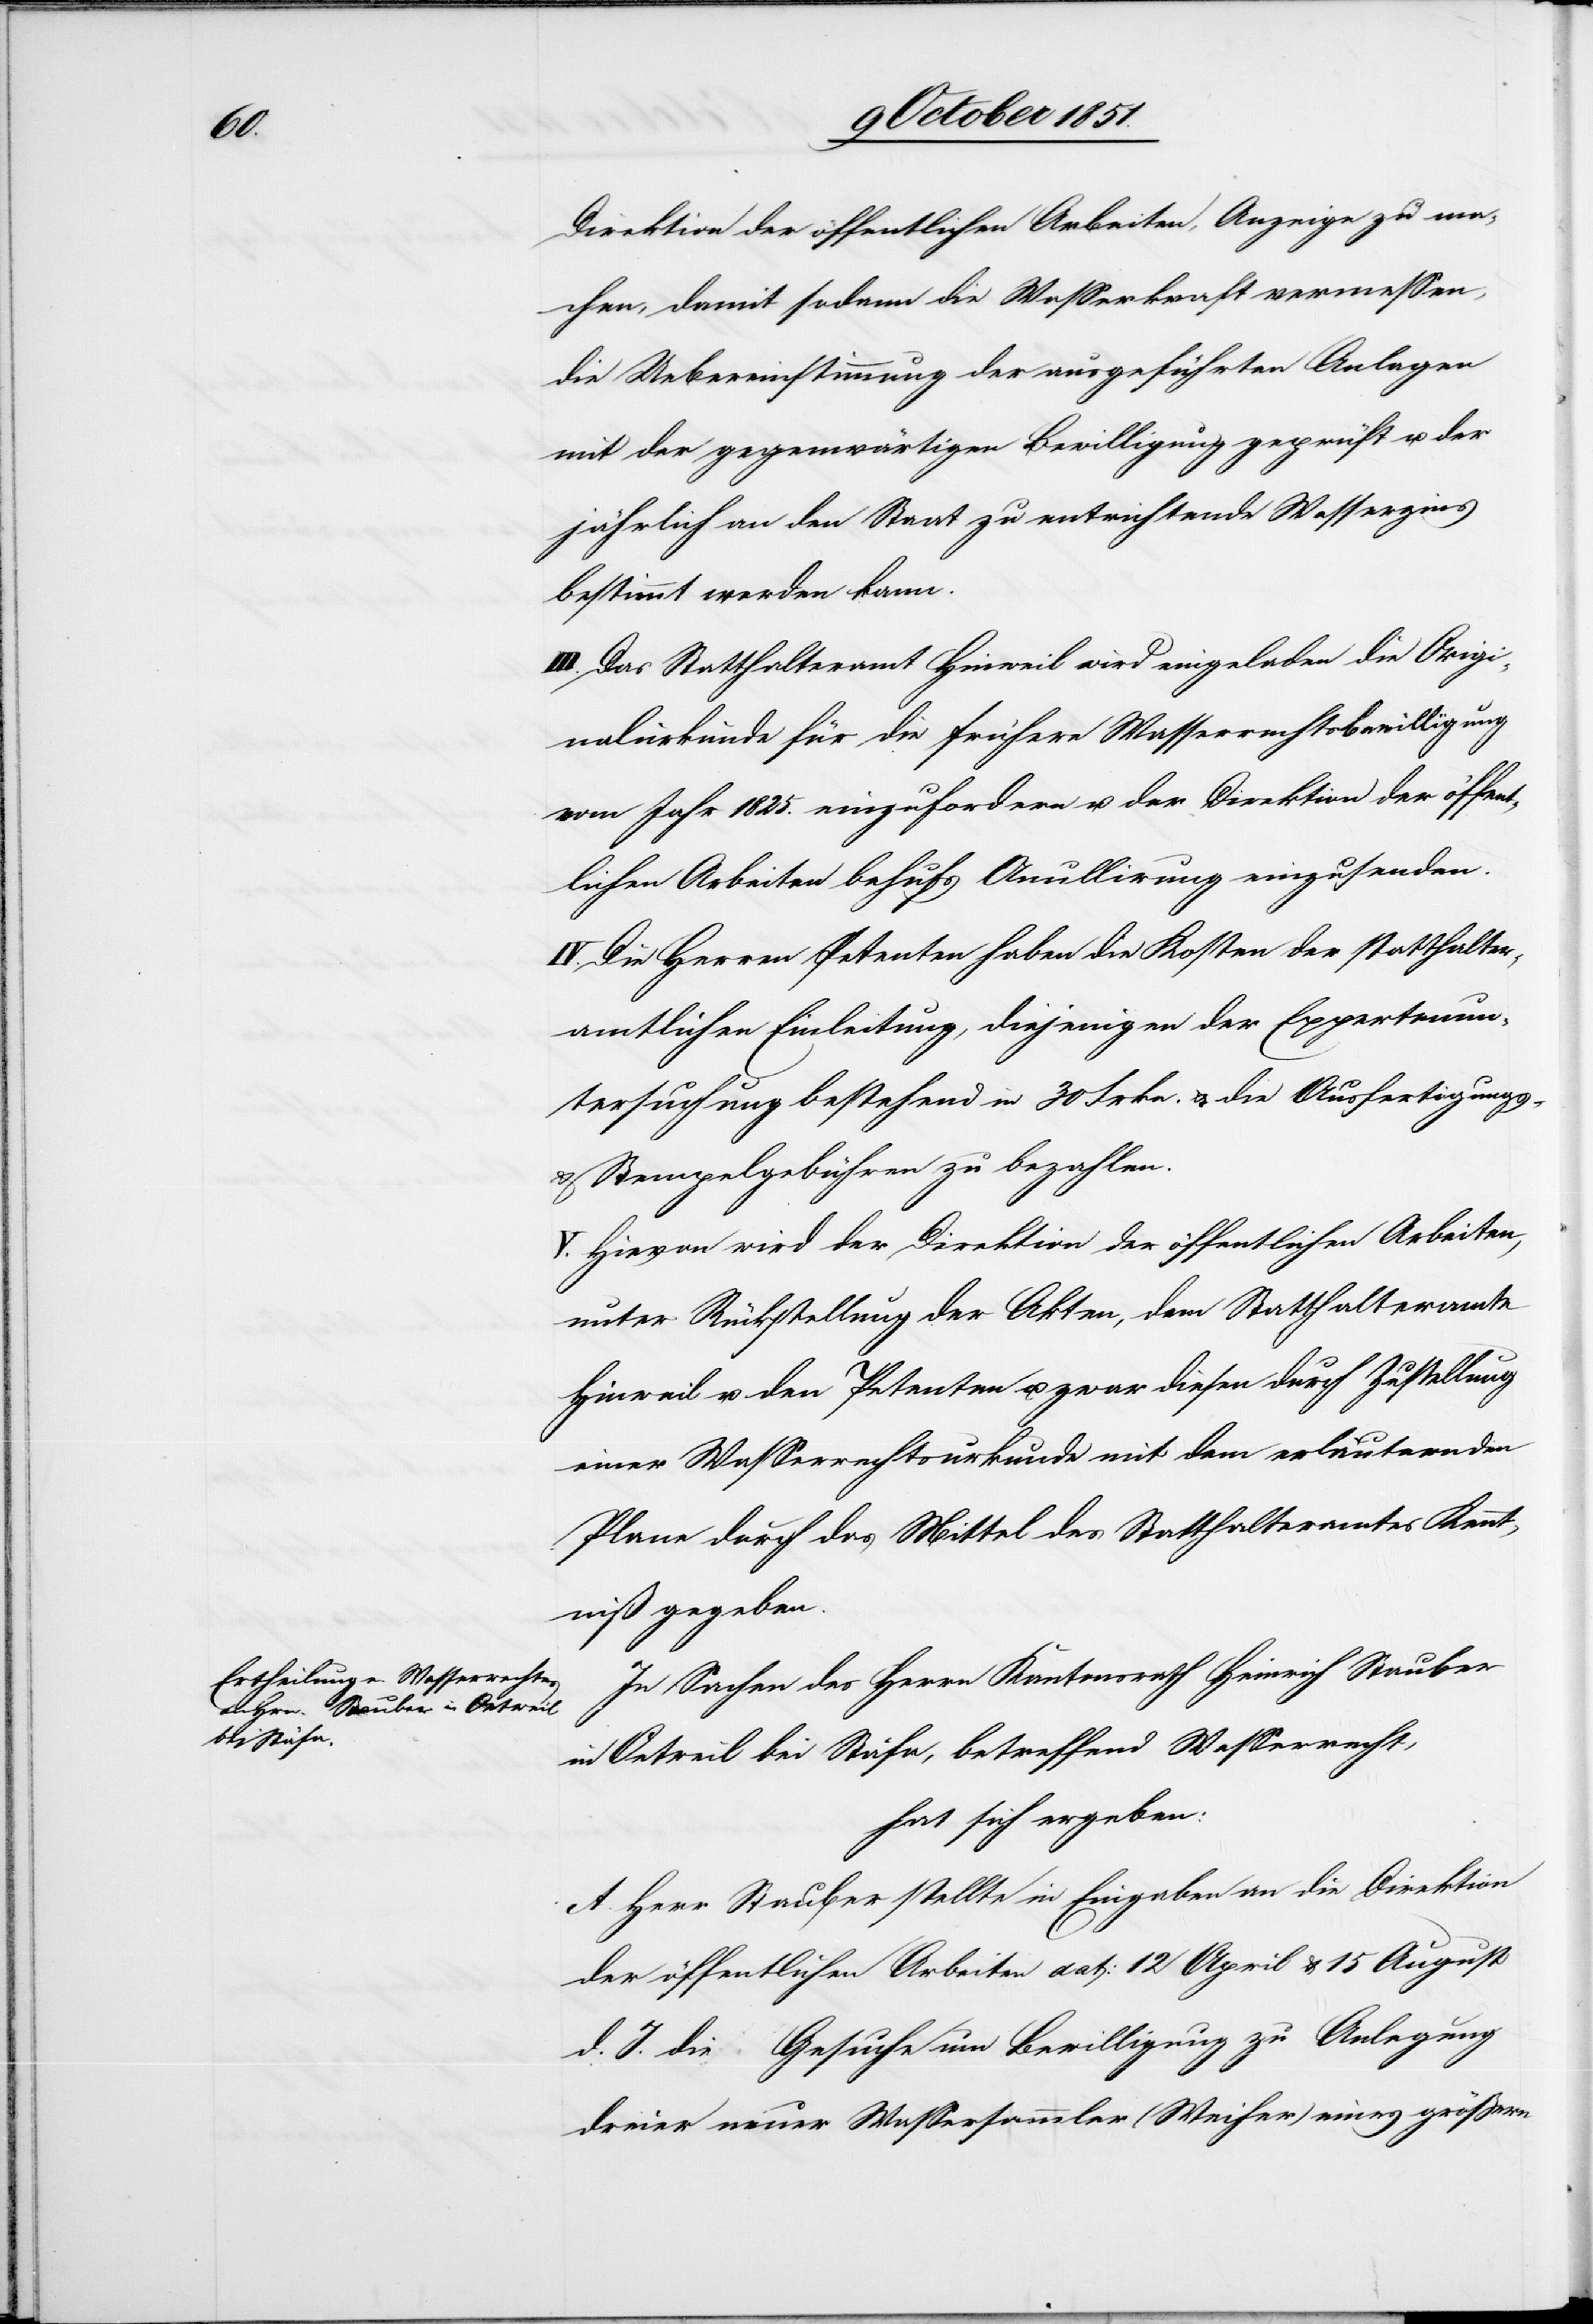
Direktion der öffentlichen Arbeiten, Anzeige zu ma¬
chen, damit sodann die Wasserkraft vermessen,
die Uebereinstimmung der ausgeführten Anlagen
mit der gegenwärtigen Bewilligung geprüft u. der
jährlich an den Staat zu entrichtende Wasserzins
bestimmt werden kann.
III. Das Statthalteramt Hinweil wird eingeladen die Origi¬
nalurkunde für die frühere Wasserrechtsbewilligung
vom Jahr 1825. einzufordern u. der Direktion der öffent¬
lichen Arbeiten behufs An[n]ullirung einzusenden.
IV. Die Herren Petenten haben die Kosten der statthalter¬
amtlichen Einleitung, diejenigen der Expertenun¬
tersuchung bestehend in 30 Frkn. & die Ausfertigungs-
& Stempelgebühren zu bezahlen.
V. Hievon wird der Direktion der öffentlichen Arbeiten,
unter Rückstellung der Akten, dem Statthalteramte
Hinweil u. den Petenten u. zwar diesen durch Zustellung
einer Wasserrechtsurkunde mit dem erläuternden
Plane durch das Mittel des Statthalteramtes Kennt¬
niß gegeben.
In Sachen des Herrn Kantonsrath Heinrich Stauber
in Oetweil bei Stäfa, betreffend Wasserrecht,
hat sich ergeben:
A. Herr Stauber stellte in Eingaben an die Direktion
der öffentlichen Arbeiten dat: 12 April & 15 August
d. J. die Gesuche um Bewilligung zu Anlegung
dreier neuer Wassersammler (Weiher) eines größern